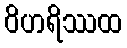
ဝိဟရိဿထ